Civil Veterinary Dept. Bombay admin report 1893-99 - 1893-1899
Year: 1893
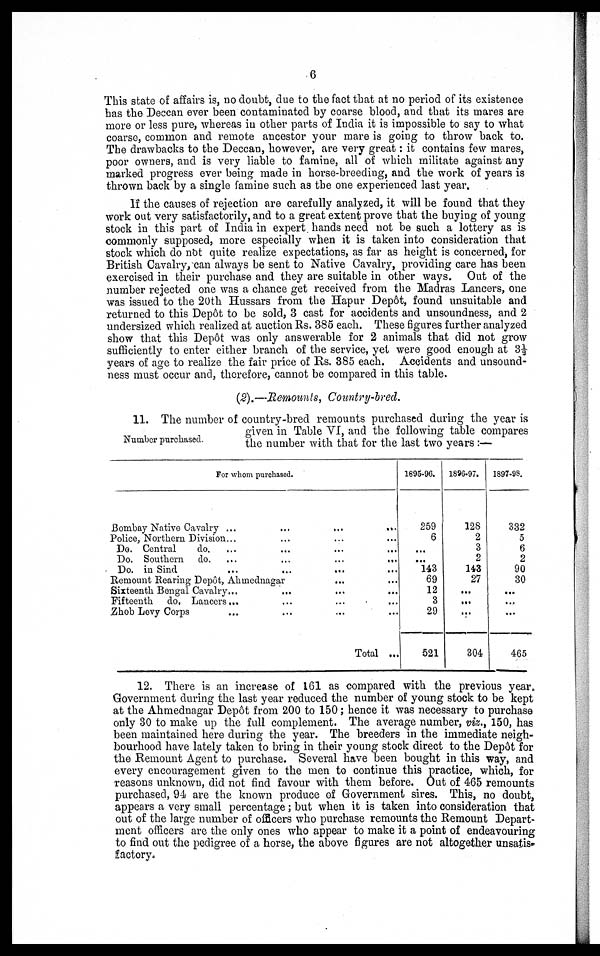
6
This state of affairs is, no doubt, due to the fact that at no period of its existence
has the Deccan ever been contaminated by coarse blood, and that its mares are
more or less pure, whereas in other parts of India it is impossible to say to what
coarse, common and remote ancestor your mare is going to throw back to.
The drawbacks to the Deccan, however, are very great: it contains few mares,
poor owners, and is very liable to famine, all of which militate against any
marked progress ever being made in horse-breeding, and the work of years is
thrown back by a single famine such as the one experienced last year.
If the causes of rejection are carefully analyzed, it will be found that they
work out very satisfactorily, and to a great extent prove that the buying of young
stock in this part of India in expert hands need not be such a lottery as is
commonly supposed, more especially when it is taken into consideration that
stock which do not quite realize expectations, as far as height is concerned, for
British Cavalry, can always be sent to Native Cavalry, providing care has been
exercised in their purchase and they are suitable in other ways. Out of the
number rejected one was a chance get received from the Madras Lancers, one
was issued to the 20th Hussars from the Hapur Depôt, found unsuitable and
returned to this Depôt to be sold, 3 cast for accidents and unsoundness, and 2
undersized which realized at auction Rs. 385 each. These figures further analyzed
show that this Depôt was only answerable for 2 animals that did not grow
sufficiently to enter either branch of the service, yet were good enough at 3½
years of age to realize the fair price of Rs. 385 each. Accidents and unsound-
ness must occur and, therefore, cannot be compared in this table.
(2).—Remounts,
Country-bred.
Number purchased.
11. The number of country-bred remounts purchased during the year is
given in Table VI, and the following table compares
the number with that for the last two years :—
For whom purchased.
Bombay Native Cavalry ...
...
...
...
Police, Northern Division ... ... ... ...
Do. Central
do. ... ... ... ...
Do. Southern
do.
...
...
...
Do. in Sind
...
...
...
...
Remount Rearing Depôt, Ahmednagar ... ...
Sixteenth Bengal
Cavalry...
...
...
...
Fifteenth
do, Lancers ... ... ... ...
Zhob Levy Corps ... ... ... ...
Total ...
1895-96.
259
6
...
...
143
69
12
3
29
521
1896-97.
128
2
3
2
143
27
...
...
...
304
1897-98.
332
5
6
2
90
30
...
...
...
465
12. There is an increase of 161 as compared with the previous year.
Government during the last year reduced the number of young stock to be kept
at the Ahmednagar Depôt from 200 to 150; hence it was necessary to purchase
only 30 to make up the full complement. The average number, viz., 150, has
been maintained here during the year. The breeders in the immediate neigh-
bourhood have lately taken to bring in their young stock direct to the Depôt for
the Remount Agent to purchase. Several have been bought in this way, and
every encouragement given to the men to continue this practice, which, for
reasons unknown, did not find favour with them before. Out of 465 remounts
purchased, 94 are the known produce of Government sires. This, no doubt,
appears a very small percentage; but when it is taken into consideration that
out of the large number of officers who purchase remounts the Remount Depart-
ment officers are the only ones who appear to make it a point of endeavouring
to find out the pedigree of a horse, the above figures are not altogether unsatis-
factory,.